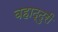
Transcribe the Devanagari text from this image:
बहाद्दुरी